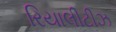
રિયાલીટીઝ